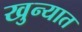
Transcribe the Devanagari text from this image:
खुन्यात